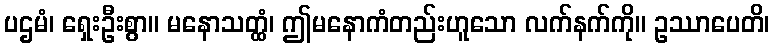
ပဌမံ၊ ရှေးဦးစွာ။ မနောသတ္ထံ၊ ဤမနောကံတည်းဟူသော လက်နက်ကို။ ဥဿာပေတိ၊